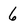
Character: 6